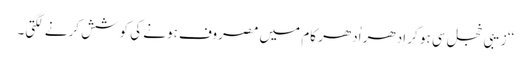
‘‘ زیبی خجل سی ہو کر اِدھر اُدھر کام میں مصروف ہونے کی کوشش کرنے لگتی۔